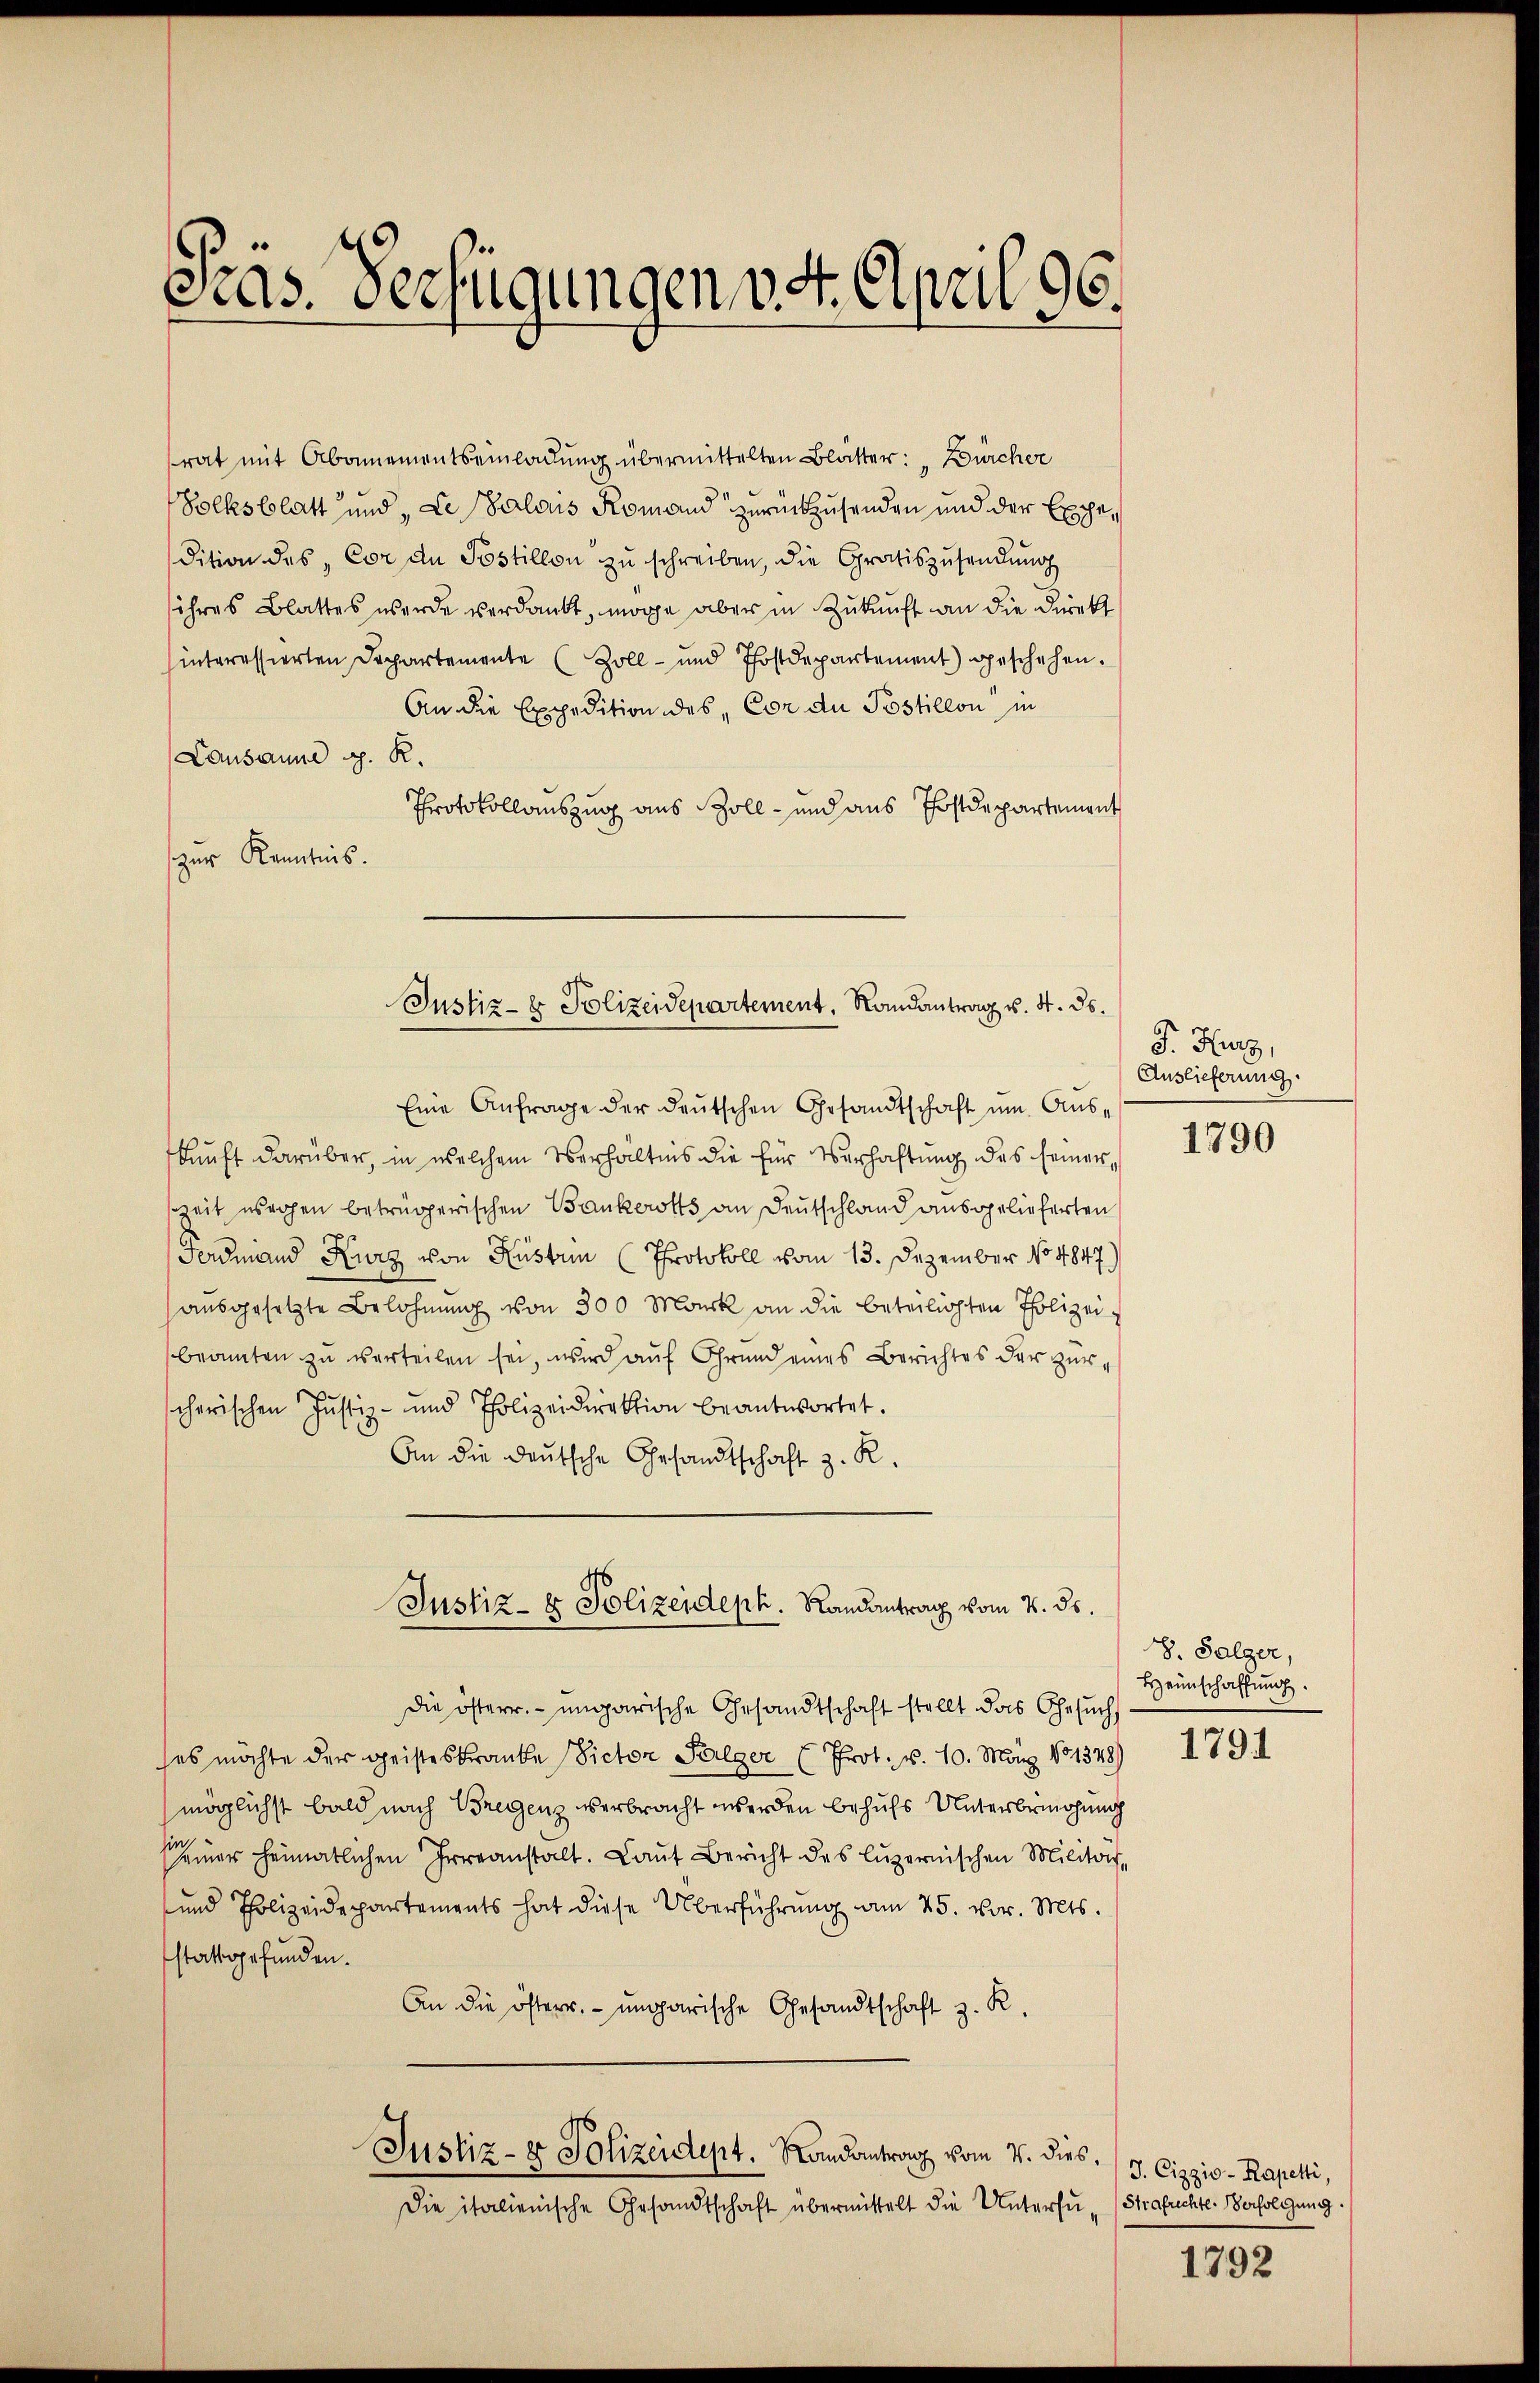
Pras. Verfügungen v. 4. April 96.

rat mit Abonnementseinladung übermittelten Blätter: „Bürcher
Volksblatt und „Le Palois Romand zurückzusenden und der Expedition des Cor an Postillon zŭ schreiben, die Gratiszusendung
ihres Blattes werde verdankt, möge aber in Zukunft an die Direkt
interessierten Dechartemente (Zoll- und Postdepartement geschehen.
An die Expedition des Cor du Postillon in
Lausanne d. R.
Protokollauszug aus Zoll- und aus Postdepartement
zur Kenntnis.
Eine Anfrage der deutschen Gesandtschaft um Auskunft darüber, in welchem Verhältnis die für Verhaftung des seiner,
szeit usrohen betrügerischen Bankerotts an Deutschland ausgelieferten
r
Fedmand Kurz von Küstrin (Protokoll vom 13. Dezember No 4847)
ausgesetzte Belohnung von 300 Mark an die beteiligten Polizeibeamten zu verteilen sei, wird auf Grund eines Berichtes der zürcherischen Justiz- und Polizeidirektion beantwortet.
An die Deutsche Gesandtschaft z. R.
Justiz- & Polizeideph. Randantrag vom 2. ds.
die österr. ungarische Gesandtschaft stellt das Gesuch
es möchte der Geisteskranke (Victor Sulzer (Prot. v. 10. März 181348)
möglichst bald nach Bregenz verbracht werden behufs Unterbringung
er heimatlichen Irreanstalt. Laŭt Bericht des Luzernischen Militar-
-und Polizeidepartements hat diese Überführung am 25. vor. Mts.
stattgefunden.
An die österr. ungarische Gesandtschaft z. R.
Justiz- & Polizeidept. Randantrag vom 7. dies,
Die italienische Gesandtschaft übermittelt die Untersu- Strafuchte. Verfolgung.

Justiz- & Polizeidepartement, Randantrag v. 4. ds.

F. Herz,
Auslieferung.

1790

8. Folger,
Heimschaffung.

1791

J. Cizziv-Rapetti,

1792